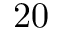
2 0